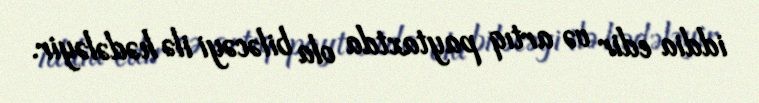
iddia edir və artıq paytaxtda ola biləcəyi ilə hədələyir.